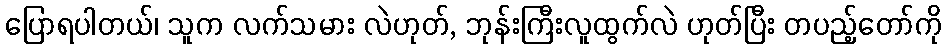
ပြောရပါတယ်၊ သူက လက်သမား လဲဟုတ်, ဘုန်းကြီးလူထွက်လဲ ဟုတ်ပြီး တပည့်တော်ကို